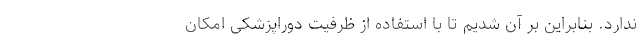
ندارد. بنابراین بر آن شدیم تا با استفاده از ظرفیت دوراپزشکی امکان